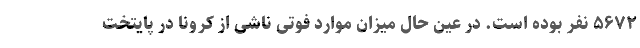
۵۶۷۲ نفر بوده است. در عین حال میزان موارد فوتی ناشی از کرونا در پایتخت